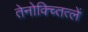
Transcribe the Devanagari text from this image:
तेनोक्च्तित्लें